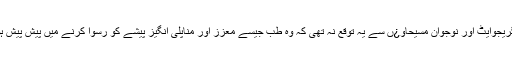
پوسٹ گریجوایٹ اور نوجوان مسیحاو¿ں سے یہ توقع نہ تھی کہ وہ طب جیسے معزز اور مناپلی انگیز پیشے کو رُسوا کرنے میں پیش پیش ہوں گے۔